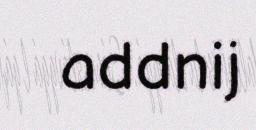
addnij